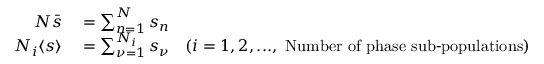
\begin{array} { r l } { N \bar { s } } & { { } = \sum _ { n = 1 } ^ { N } s _ { n } } \\ { N _ { i } \langle s \rangle } & { { } = \sum _ { \nu = 1 } ^ { N _ { i } } s _ { \nu } \quad ( i = 1 , 2 , . . . , \ \operatorname { N u m b e r \ o f \ p h a s e \ s u b - p o p u l a t i o n s } ) } \end{array}